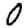
Digit: 0